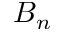
B _ { n }